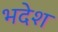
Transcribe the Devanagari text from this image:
भदेश